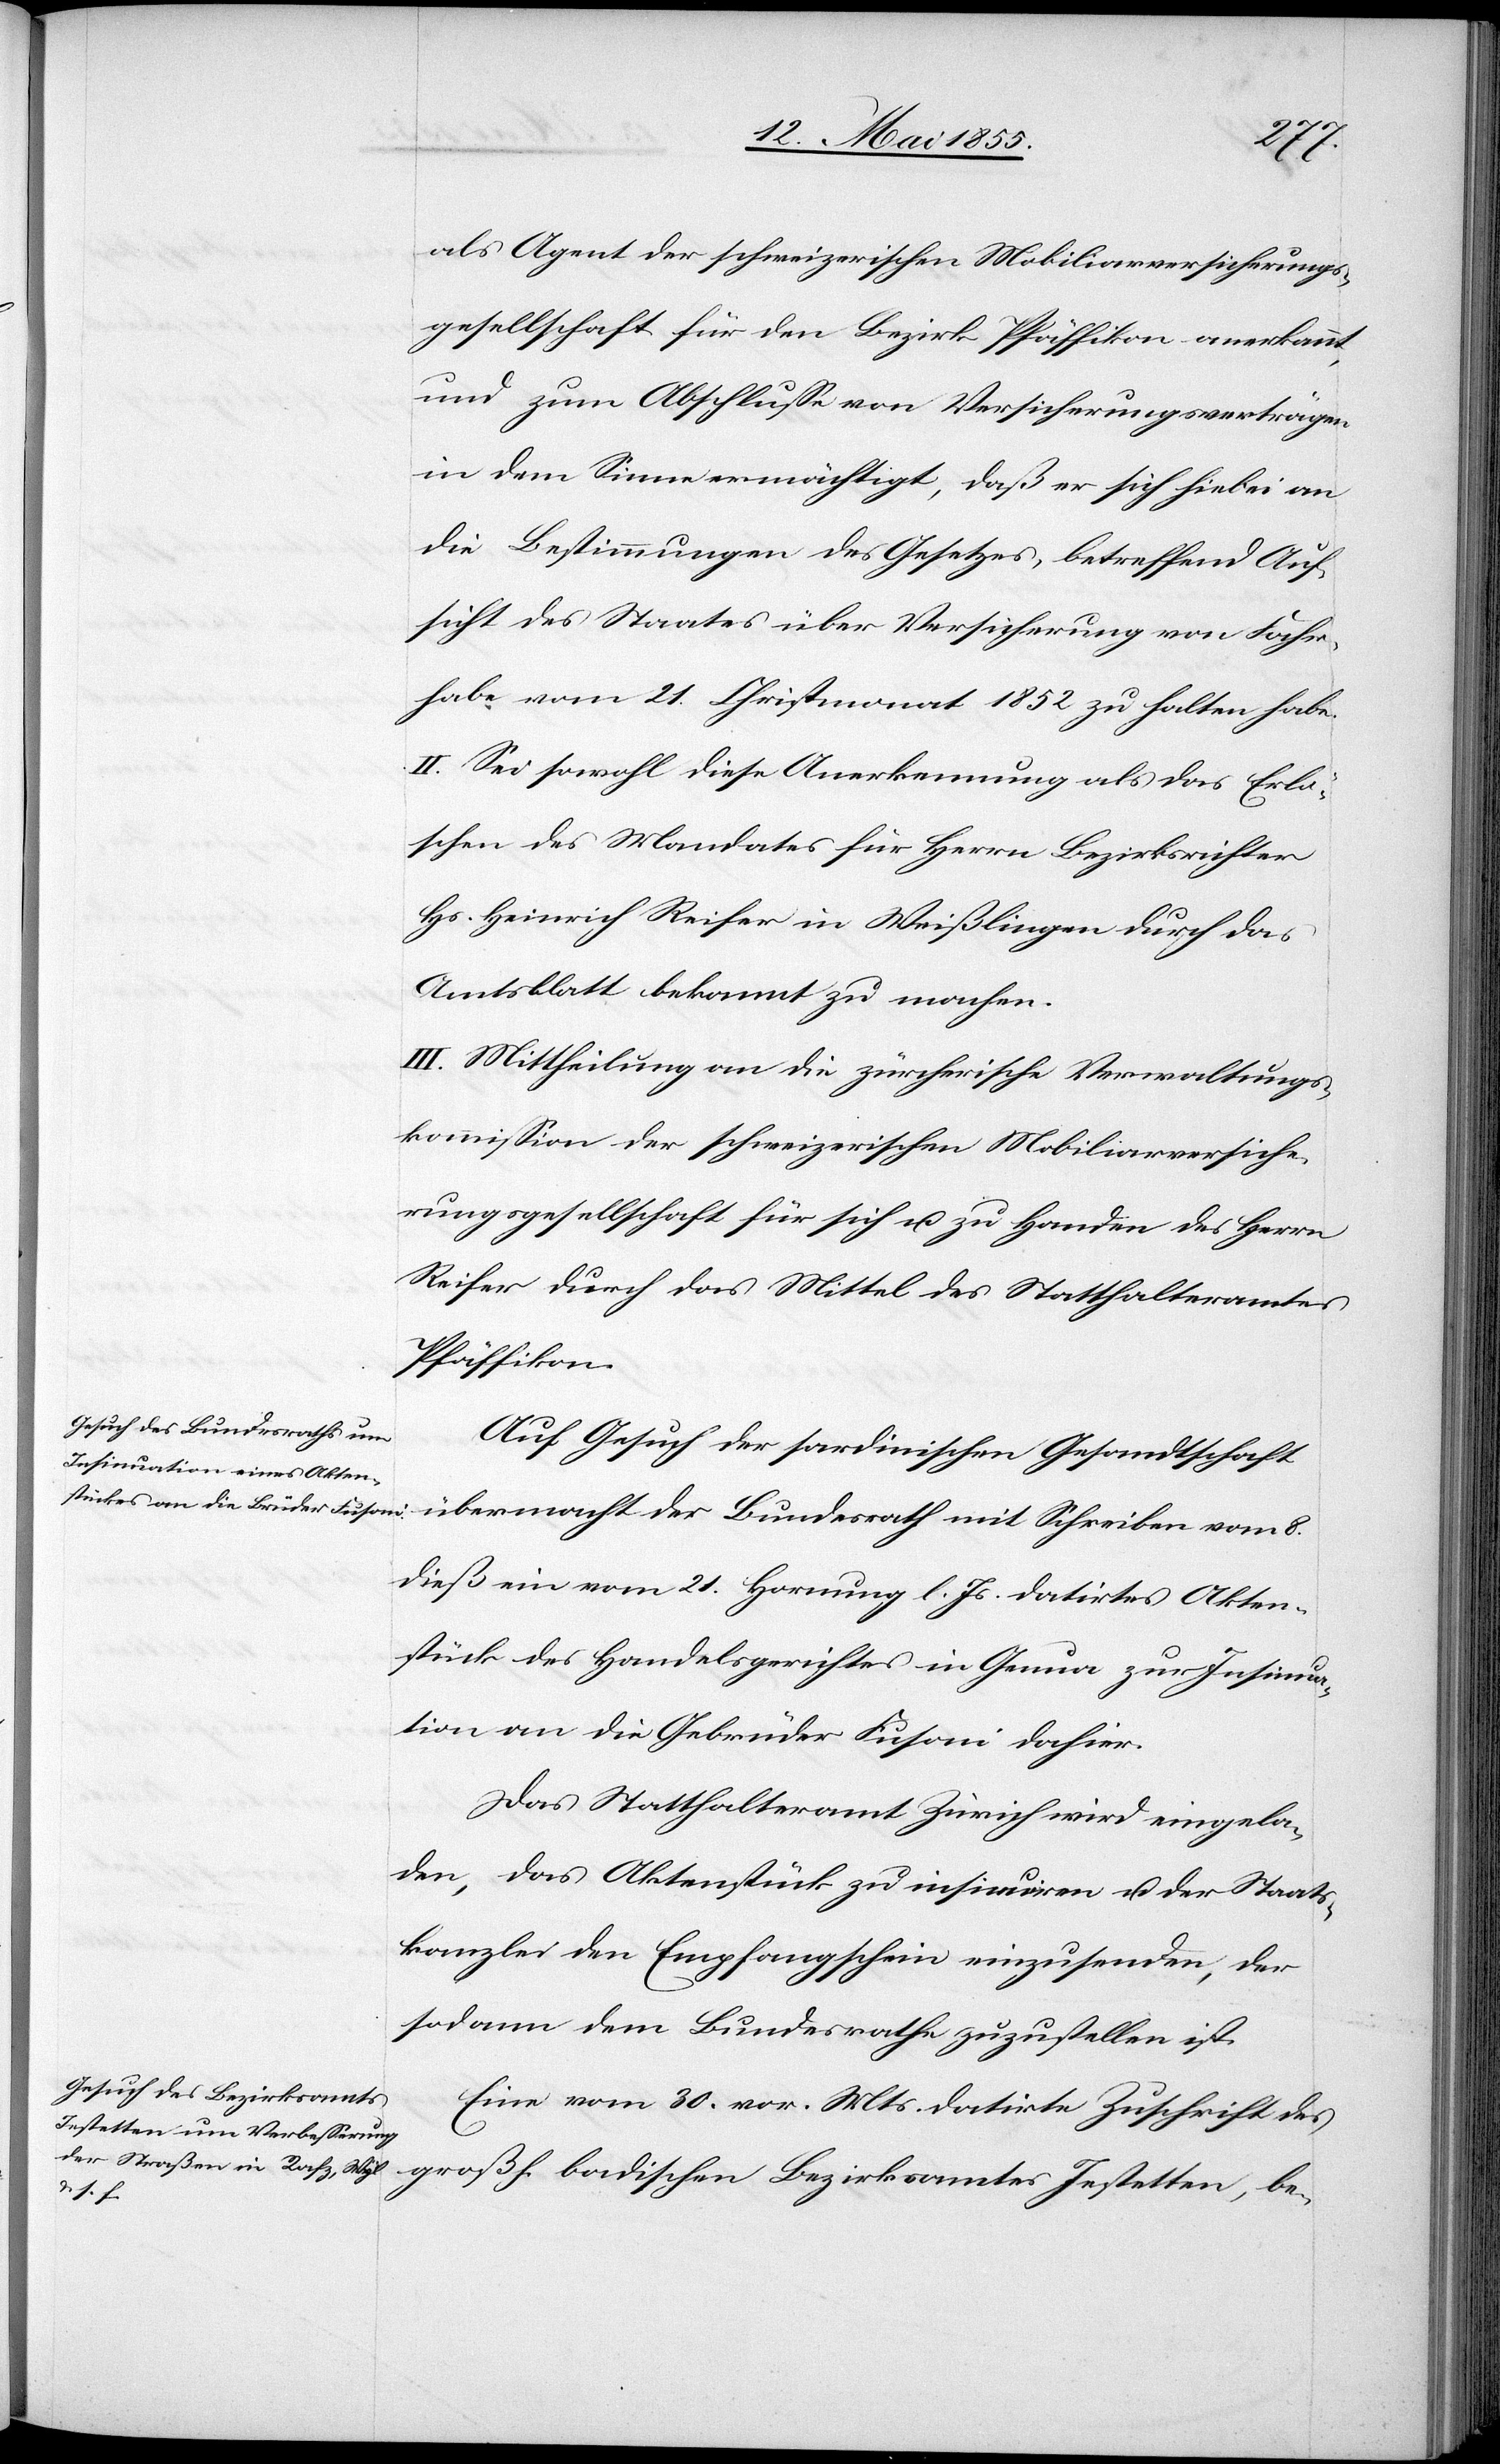
8.
als Agent der schweizerischen Mobiliarversicherungs¬
gesellschaft für den Bezirk Pfäffikon anerkannt,
und zum Abschlusse von Versicherungsverträgen
in dem Sinne ermächtigt, daß er sich hiebei an
die Bestimmungen des Gesetzes, betreffend Auf¬
sicht des Staates über Versicherung von Fahr¬
habe vom 21. Christmonat 1852 zu halten habe.
II. Sei sowohl diese Anerkennung als das Erlö¬
schen des Mandates für Herrn Bezirksrichter
Hs. Heinrich Reifer in Weißlingen durch das
Amtsblatt bekannt zu machen.
III. Mittheilung an die zürcherische Verwaltungs¬
kommission der schweizerischen Mobiliarversiche¬
rungsgesellschaft für sich u. zu Handen des Herrn
Reifer durch das Mittel des Statthalteramtes
Pfäffikon.
Auf Gesuch der sardinischen Gesandtschaft
dieß ein vom 21. Hornung l. Js. datirtes Akten¬
stück des Handelsgerichtes in Genua zur Insinua¬
tion an die Gebrüder Fusoni dahier.
Das Statthalteramt Zürich wird eingela¬
den, das Aktenstück zu insinuiren u. der Staats¬
kanzlei den Empfangschein einzusenden, der
sodann dem Bundesrathe zuzustellen ist.
Eine vom 30. vor. Mts. datirte Zuschrift des
großh. badischen Bezirksamtes Jestetten, be-